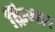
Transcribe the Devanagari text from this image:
क्रिग्लर